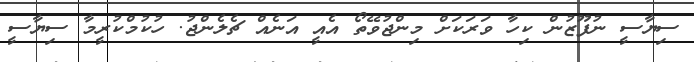
ސިޔާސީ ނުފޫޒުން ކިހާ ވަރަކަށް މިންޖުވޭތޯ އެއީ އަނެއް ޗެލެންޖު. ހުކުމްކުރީމާ ސިޔާސީ